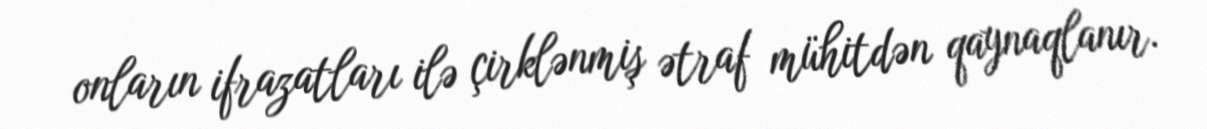
onların ifrazatları ilə çirklənmiş ətraf mühitdən qaynaqlanır.